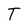
Character: T